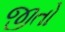
જીતો